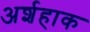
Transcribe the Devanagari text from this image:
अर्शहाक